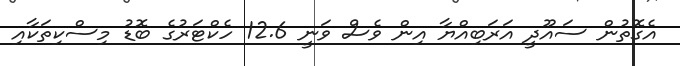
އެގޮތުން ސައޫދީ އަރަބިއްޔާ އިން ވެސް ވަނީ 12.6 ހެކްޓަރުގެ ބޮޑު މިސްކިތަކާއި